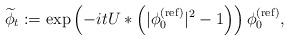
LaTeX: \begin{align*} \widetilde\phi_{t} := \exp\left(-it U*\left(|\phi_{0}^{(\mathrm{ref})}|^2-1\right)\right) \phi_{0}^{(\mathrm{ref})}, \end{align*}